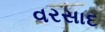
વરસાદ